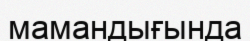
мамандығында